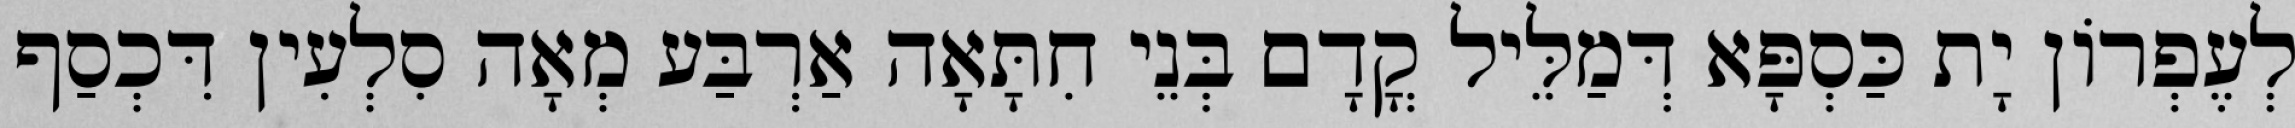
לְעֶפְרוֹן יָת כַּסְפָּא דְּמַלֵּיל קֳדָם בְּנֵי חִתָּאָה אַרְבַּע מְאָה סִלְעִין דִּכְסַף